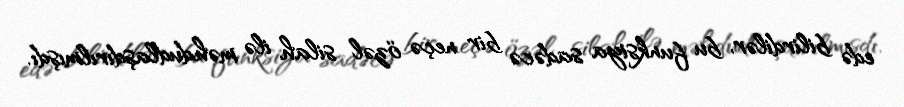
edə bilirdilər, bu funksiya sadəcə bir neçə özəl silah ilə məhdudlaşdırılmışdı.